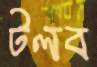
টলব